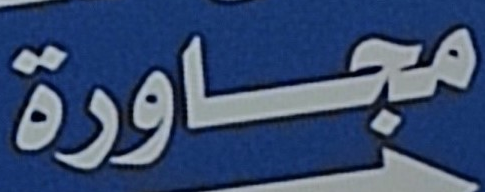
مجاورة